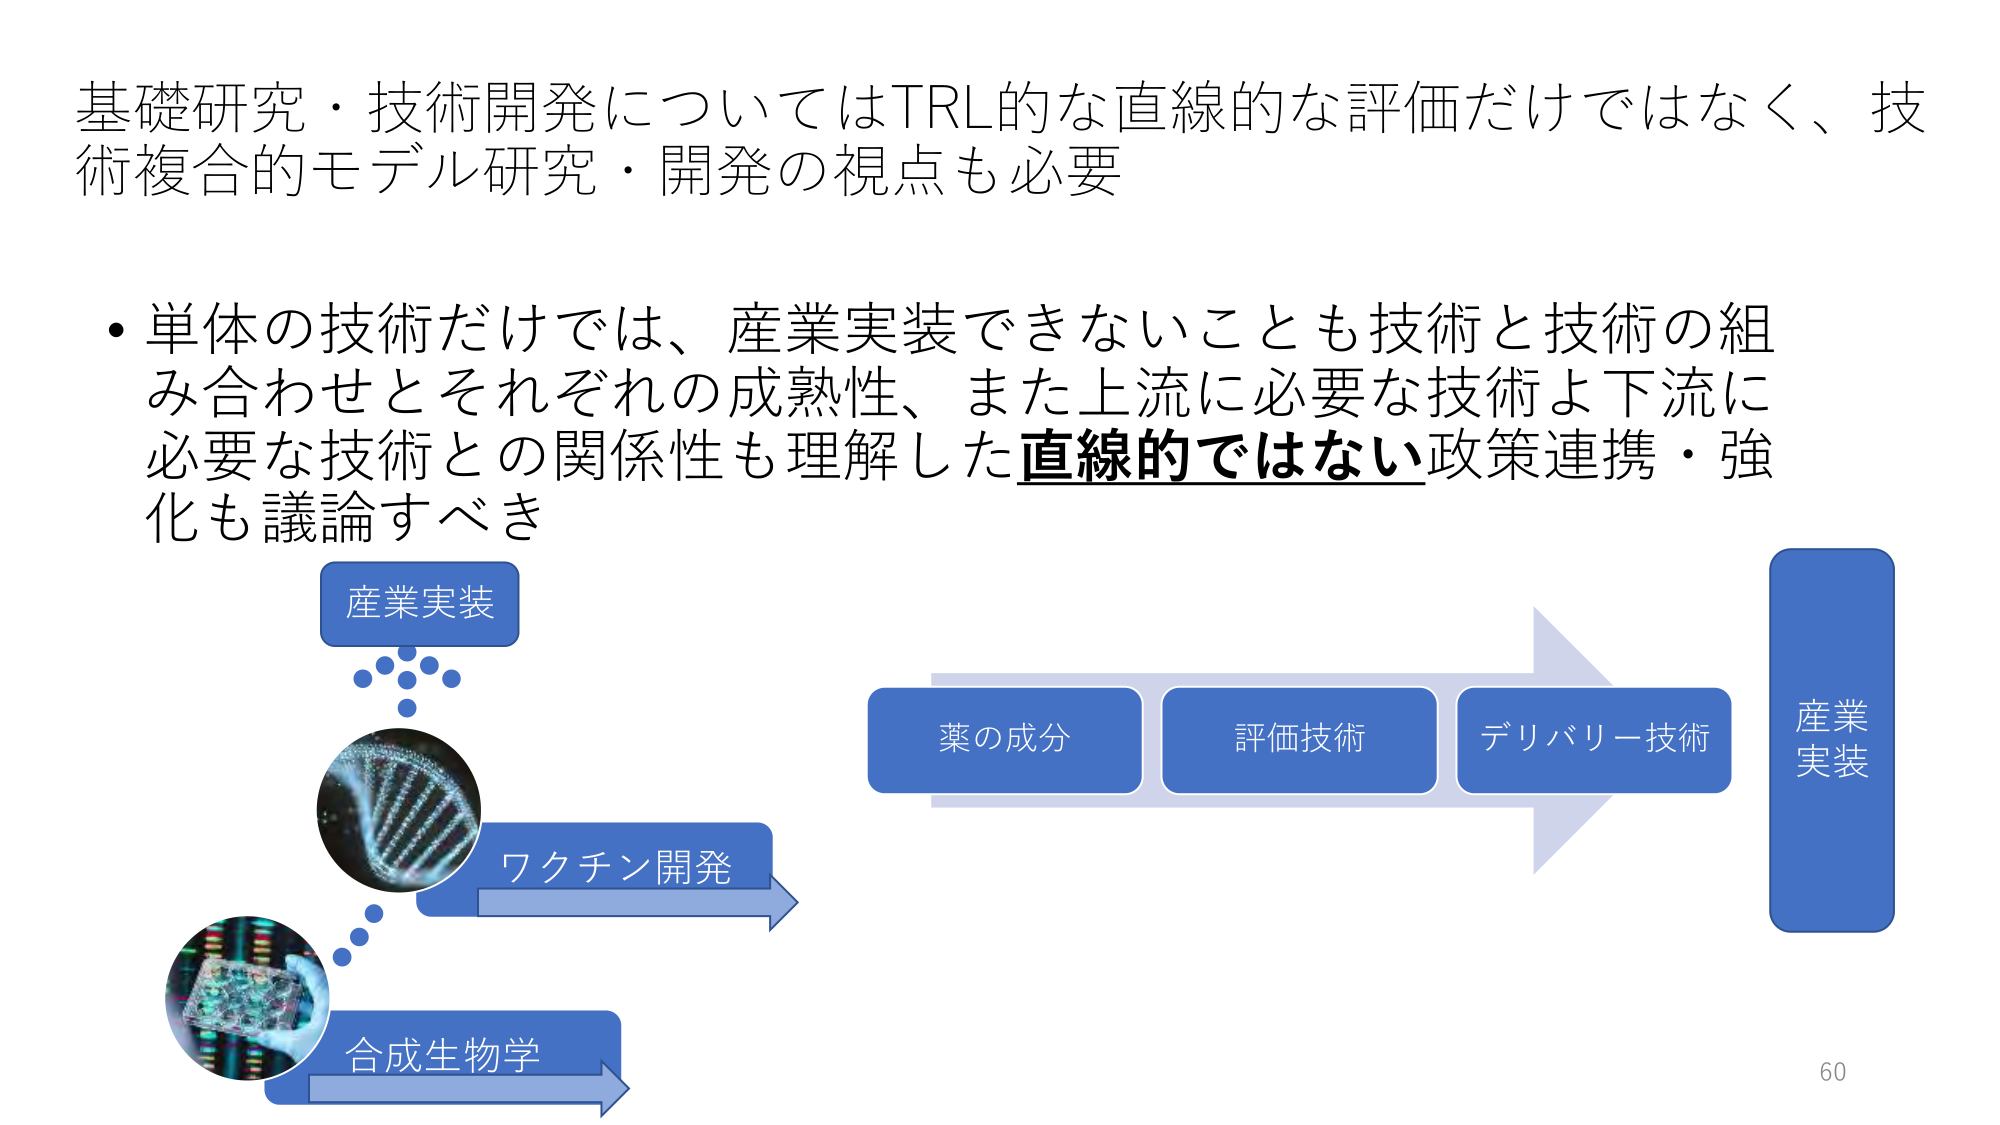
基礎研究・技術開発についてはTRL的な直線的な評価だけではなく、技術複合的モデル研究・開発の視点も必要

・単体の技術だけでは、産業実装できないことも技術と技術の組み合わせとそれぞれの成熟性、また上流に必要な技術よ下流に必要な技術との関係性も理解した直線的ではない政策連携・強化も議論すべき

産業実装

ワクチン開発

合成生物学

薬の成分

評価技術

デリバリー技術

産業実装

60